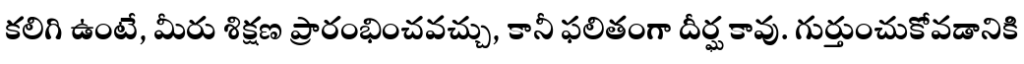
కలిగి ఉంటే, మీరు శిక్షణ ప్రారంభించవచ్చు, కానీ ఫలితంగా దీర్ఘ కావు. గుర్తుంచుకోవడానికి